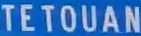
TETOUAN